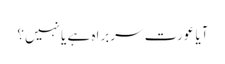
آیا عورت سربراہ ہے یا نہیں؟